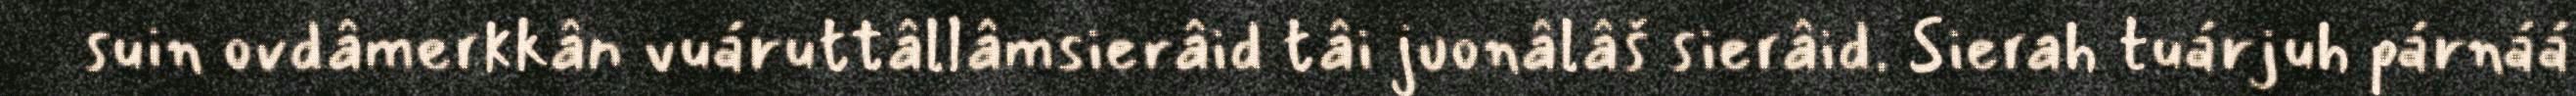
suin ovdâmerkkân vuáruttâllâmsierâid tâi juonâlâš sierâid. Sierah tuárjuh párnáá